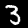
Digit: 3